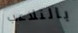
بالتلاعب